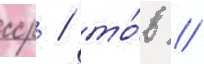
сср / то́в //